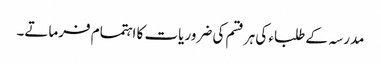
مدرسہ کے طلباء کی ہر قسم کی ضروریات کا اہتمام فرماتے۔